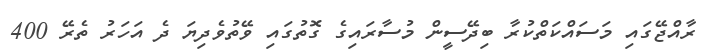
ރާއްޖޭގައި މަސައްކަތްކުރާ ބިދޭސީން މުސާރައިގެ ގޮތުގައި ވޭތުވެދިޔަ ދެ އަހަރު ތެރޭ 400